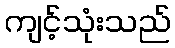
ကျင့်သုံးသည်